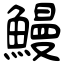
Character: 鰻